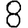
Digit: 8